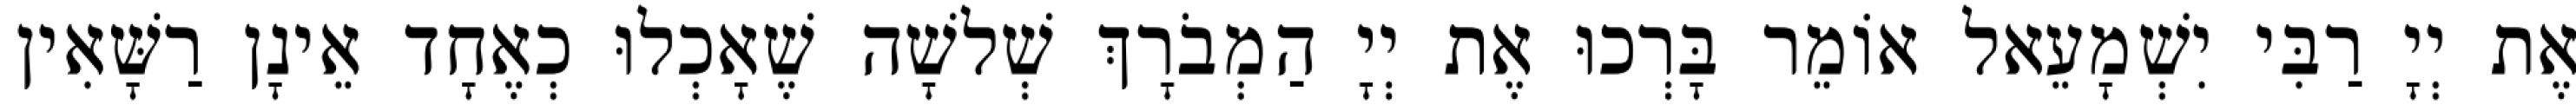
אֶת יְיָ רַבִּי יִשְׁמָעֵאל אוֹמֵר בָּרְכוּ אֶת יְיָ הַמְבֹרָךְ שְׁלשָׁה שֶׁאָכְלוּ כְאֶחָד אֵינָן רַשָּׁאִין